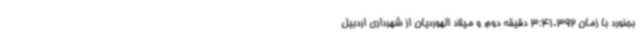
بجنورد با زمان 3:41.392 دقیقه دوم و میلاد الهوردیان از شهرداری اردبیل